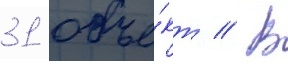
31 объе́кт // В